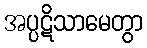
အပ္ပဋိသာမေတွာ